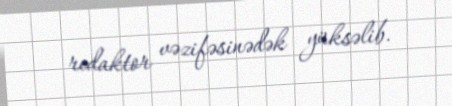
redaktor vəzifəsinədək yüksəlib.